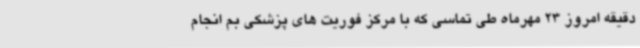
دقیقه امروز 23 مهرماه طی تماسی که با مرکز فوریت های پزشکی بم انجام